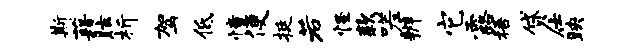
斯藉眩析驾低憧便挺若怪款嗟辨它露梧贷仕映